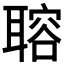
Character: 𦗋